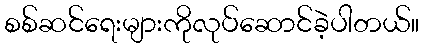
စစ်ဆင်ရေးများကိုလုပ်ဆောင်ခဲ့ပါတယ်။